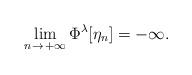
LaTeX: \begin{align*} \lim_{n\rightarrow\,+\infty}\Phi^\lambda[\eta_n]=-\infty.\end{align*}